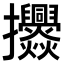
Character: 𭣓